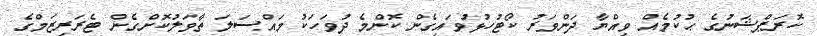
ކޮރަޕްޝަނުގެ ޙުކުމެއް ވިއްޔާ ދަންވަރު ކޯޓުހުޅުވައިގެން ކޮންމެ ދުވަހަކު މައްސަލަ ތާވަލުކޮށްގެން ޓެރަރިޒަމްގެ